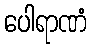
ပေါရာဏံ